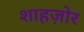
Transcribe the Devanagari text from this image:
शाहज़ोर